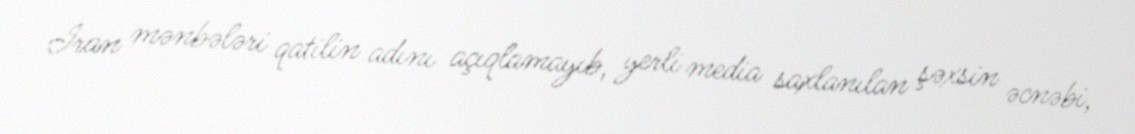
İran mənbələri qatilin adını açıqlamayıb, yerli media saxlanılan şəxsin əcnəbi,